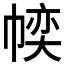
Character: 𱜱